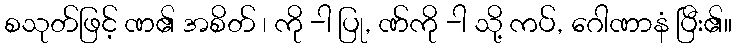
စသုတ်ဖြင့် ဏ၏ အစိတ် ၊ ကို -ါ ပြု, ဏ်ကို -ါ သို့ ကပ်, ဂေါဏာနံ ပြီး၏။